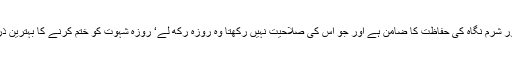
یہ نگاہ اور شرم نگاہ کی حفاظت کا ضامن ہے اور جو اس کی صلاحیت نہیں رکھتا وہ روزہ رکھ لے‘ روزہ شہوت کو ختم کرنے کا بہترین ذریعہ ہے۔